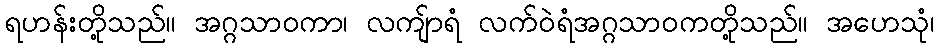
ရဟန်းတို့သည်။ အဂ္ဂသာဝကာ၊ လကျ်ာရံ လက်ဝဲရံအဂ္ဂသာဝကတို့သည်။ အဟေသုံ၊